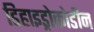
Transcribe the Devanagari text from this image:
डिहाइड्रोकोडीन